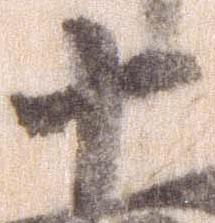
十